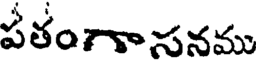
పతంగాసనము